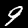
Digit: 9